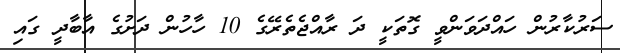
ސަރުކާރުން ހައްދަވަންވީ ގޮތަކީ ދަ ރާއްޖެތެރޭގެ 10 ހާހުން ދަށުގެ އާބާދީ ގައި